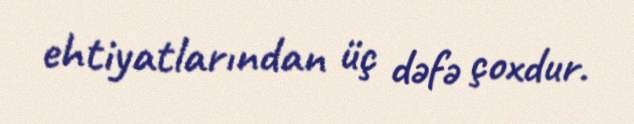
ehtiyatlarından üç dəfə çoxdur.